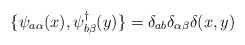
\begin{align*}\{ \psi_{a\alpha}(x),\psi^{\dagger}_{b\beta}(y)\}=\delta_{ab}\delta_{\alpha\beta}\delta(x,y)\end{align*}